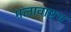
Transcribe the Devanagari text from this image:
मलावाष्टभ